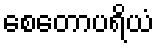
စေတောပရိယံ